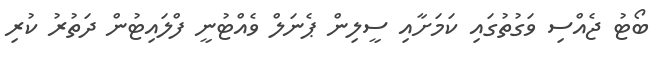
ބޯޓު ޖެއްސި ވަގުތުގައި ކަމަށާއި ސީލިން ޕެނަލް ވެއްޓުނީ ފްލައިޓުން ދަތުރު ކުރި